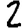
Digit: 2